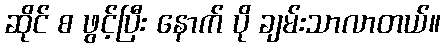
ဆိုင် စ ဖွင့်ပြီး နောက် ပို ချမ်းသာလာတယ်။